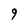
Character: 9